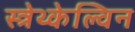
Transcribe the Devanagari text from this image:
स्त्रेथ्केल्विन